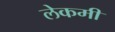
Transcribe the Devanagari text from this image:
लेकमी